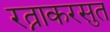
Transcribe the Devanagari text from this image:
रत्नाकरसुत